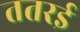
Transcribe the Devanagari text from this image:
ततरई